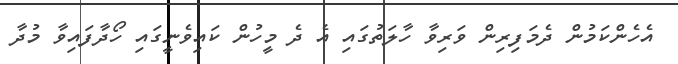
އެހެންކަމުން ދެމަފިރިން ވަރިވާ ހާލަތުގައި އެ ދެ މީހުން ކައިވެނީގައި ހޯދާފައިވާ މުދާ